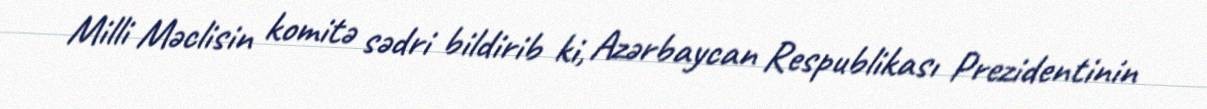
Milli Məclisin komitə sədri bildirib ki, Azərbaycan Respublikası Prezidentinin